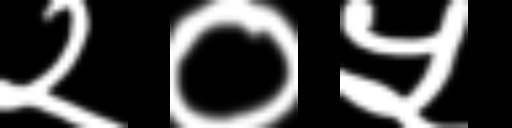
Text: २०५